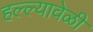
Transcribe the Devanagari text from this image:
हल्ल्यावेळी